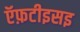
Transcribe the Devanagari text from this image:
ऍफ़टीइसइ